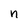
Character: n